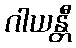
ဂါယန္တီ